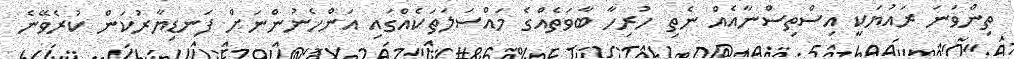
ތިންވަނަ ރައުޔަކީ އިސްތިސްނާއެއް ނެތި ހުރިހާ ބާވަތެއްގެ މައްސަލަތަކެއްގައި އަންހެނުންނަށް ފަނޑިޔާރުކަން ކުރެވޭނެ